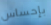
بإحساس